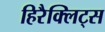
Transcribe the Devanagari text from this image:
हिरैक्लिट्स